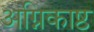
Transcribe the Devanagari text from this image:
अग्निकाष्ठ